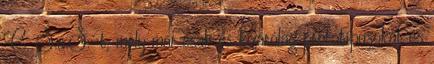
C. S.a.S.-t, mely már csak és kizárólag prototípusokat és